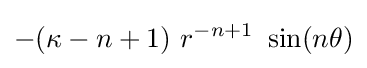
-(\kappa -n+1)~r^{-n+1}~\sin(n\theta )